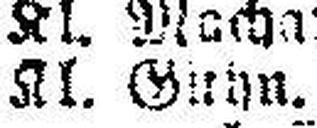
Kl. Guhn.